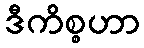
ဒီကိစ္စဟာ